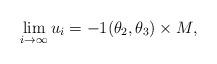
LaTeX: \begin{align*} \lim_{i \to \infty} u_i = -1 (\theta_2, \theta_3) \times M,\end{align*}